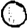
Digit: 0